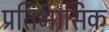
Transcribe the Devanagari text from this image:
प्रतिभासिक